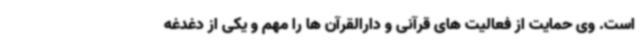
است. وی حمایت از فعالیت های قرآنی و دارالقرآن ها را مهم و یکی از دغدغه